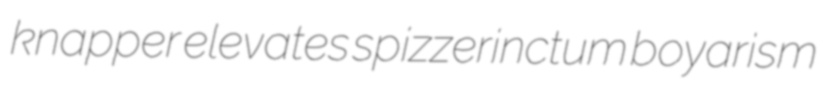
knapper elevates spizzerinctum boyarism